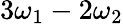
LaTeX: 3\omega_{1}-2\omega_{2}